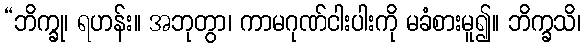
“ဘိက္ခု၊ ရဟန်း။ အဘုတွာ၊ ကာမဂုဏ်ငါးပါးကို မခံစားမူ၍။ ဘိက္ခသိ၊